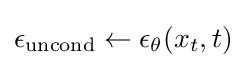
\epsilon _{\text{uncond}}\leftarrow \epsilon _{\theta }(x_{t},t)